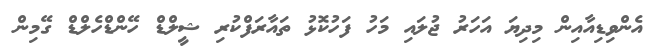
އެންވިޑިއާއިން މިދިޔަ އަހަރު ޖުލައި މަހު ފަހުކޮޅު ތައާރަފްކުރި ޝީލްޑް ހޭންޑްހެލްޑް ގޭމިން